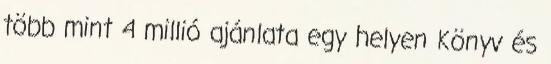
több mint 4 millió ajánlata egy helyen Könyv és